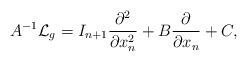
LaTeX: \begin{align*} A^{-1} \mathcal{L}_g = I_{n+1}\frac{\partial^2 }{\partial x_n^2} + B \frac{\partial }{\partial x_n} + C,\end{align*}